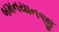
બમનયાનજી